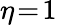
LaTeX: \eta\! =\! 1